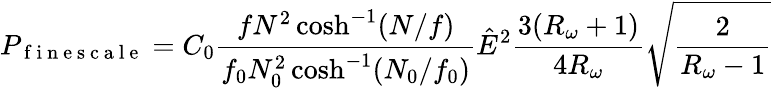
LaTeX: P_{\mathrm{~f~i~n~e~s~c~a~l~e~}}=C_{0}\frac{fN^{2}\cosh^{-1}(N/f)}{f_{0}N_{0}^{2}\cosh^{-1}(N_{0}/f_{0})}\hat{E}^{2}\frac{3(R_{\omega}+1)}{4R_{\omega}}\sqrt{\frac{2}{R_{\omega}-1}}